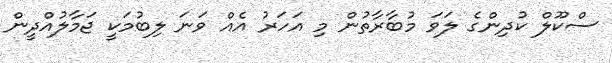
ސްކޫލް ކުދިންގެ ލަވަ މުބާރާތުން މި އަހަރު އެއް ވަނަ ލިބުމަކީ ޖަމާލުއްދީން